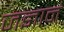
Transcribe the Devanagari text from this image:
जज्ञानं